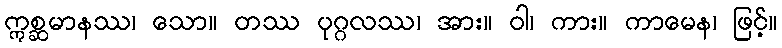
ဣစ္ဆမာနဿ၊ သော။ တဿ ပုဂ္ဂလဿ၊ အား။ ဝါ၊ ကား။ ကာမေန၊ ဖြင့်။